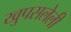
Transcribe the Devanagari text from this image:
खुपसलेली